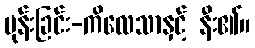
မုန်းခြင်း-ကိလေသာနှင့် နီး၏။